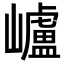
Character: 㠠